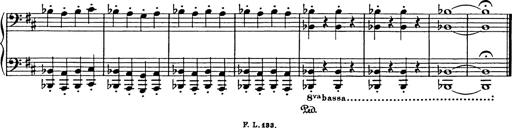
Title: Hungarian Rhapsody No.17
Composer: Franz Liszt
Key: D minor